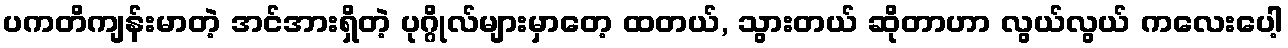
ပကတိကျန်းမာတဲ့ အင်အားရှိတဲ့ ပုဂ္ဂိုလ်များမှာတေ့ ထတယ်, သွားတယ် ဆိုတာဟာ လွယ်လွယ် ကလေးပေါ့